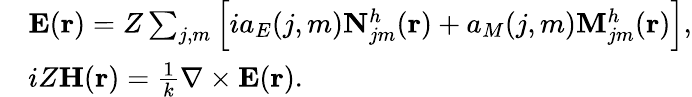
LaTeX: \begin{array}{rl}&{\mathbf{E}(\mathbf{r})=Z\sum_{j,m}\left[ia_{E}(j,m)\mathbf{N}_{jm}^{h}(\mathbf{r})+a_{M}(j,m)\mathbf{M}_{jm}^{h}(\mathbf{r})\right],}\\ &{iZ\mathbf{H}(\mathbf{r})=\frac{1}{k}\nabla\times\mathbf{E}(\mathbf{r}).}\end{array}